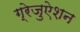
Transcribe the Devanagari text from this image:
ग्रेजुऐशन